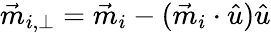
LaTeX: \vec{m}_{i,\perp}=\vec{m}_{i}-(\vec{m}_{i}\cdot\hat{u})\hat{u}